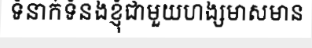
ទំនាក់ទំនងខ្ញុំជាមួយហង្សមាសមាន